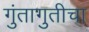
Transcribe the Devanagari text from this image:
गुंतागुतीचा